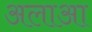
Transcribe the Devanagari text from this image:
अलाआ